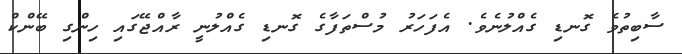
ސާބިތުވެ ގޮނޑި ގެއްލުނެވެ. އެފަހަރު މުސްތަފާގެ ގޮނޑި ގެއްލުނީ ރާއްޖޭގައި ހިންގި ބޭންކް